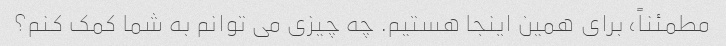
مطمئناً، برای همین اینجا هستیم. چه چیزی می توانم به شما کمک کنم؟